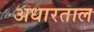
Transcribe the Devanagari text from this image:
अधारताल